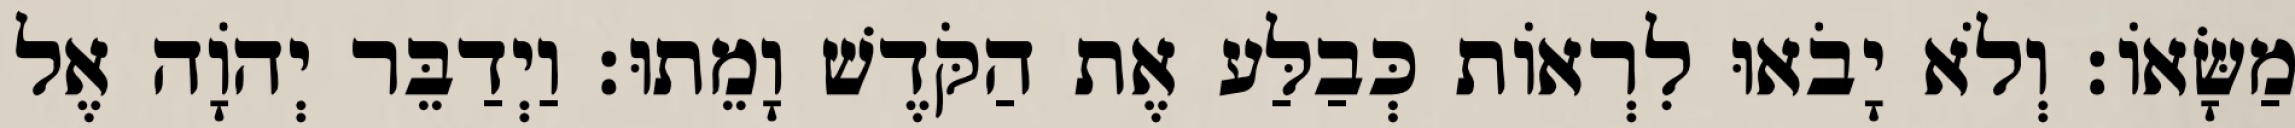
מַשָּׂאוֹ׃ וְלֹא יָבֹאוּ לִרְאוֹת כְּבַלַּע אֶת הַקֹּדֶשׁ וָמֵתוּ׃ וַיְדַבֵּר יְהוָֹה אֶל